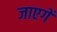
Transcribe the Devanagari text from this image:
जाएगेँ